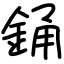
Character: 銿